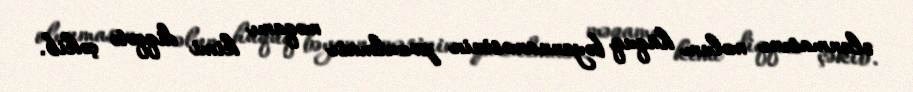
olunmasını məlum hüquq bəyannaməsinin pozulması məqamı kimi diqqətə çəkib.